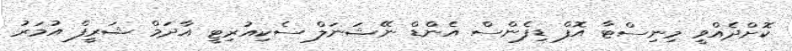
ކޮށްދެއްވީ މިނިސްޓާ އޮފް ޑިފެންސް އެންޑް ނޭޝަނަލް ސެކިއުރިޓީ އާދަމް ޝަރީފް އުމަރު